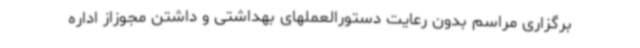
برگزاری مراسم بدون رعایت دستورالعملهای بهداشتی و داشتن مجوزاز اداره